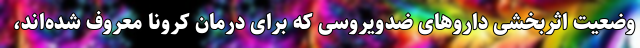
وضعیت اثربخشی داروهای ضدویروسی که برای درمان کرونا معروف شده‌اند،